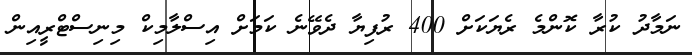
ނަމާދު ކުރާ ކޮންމެ ރެޔަކަށް 400 ރުފިޔާ ދެވޭނެ ކަމަށް އިސްލާމިކް މިނިސްޓްރީއިން